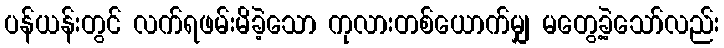
ပန်ယန်းတွင် လက်ရဖမ်းမိခဲ့သော ကုလားတစ်ယောက်မျှ မတွေ့ခဲ့သော်လည်း